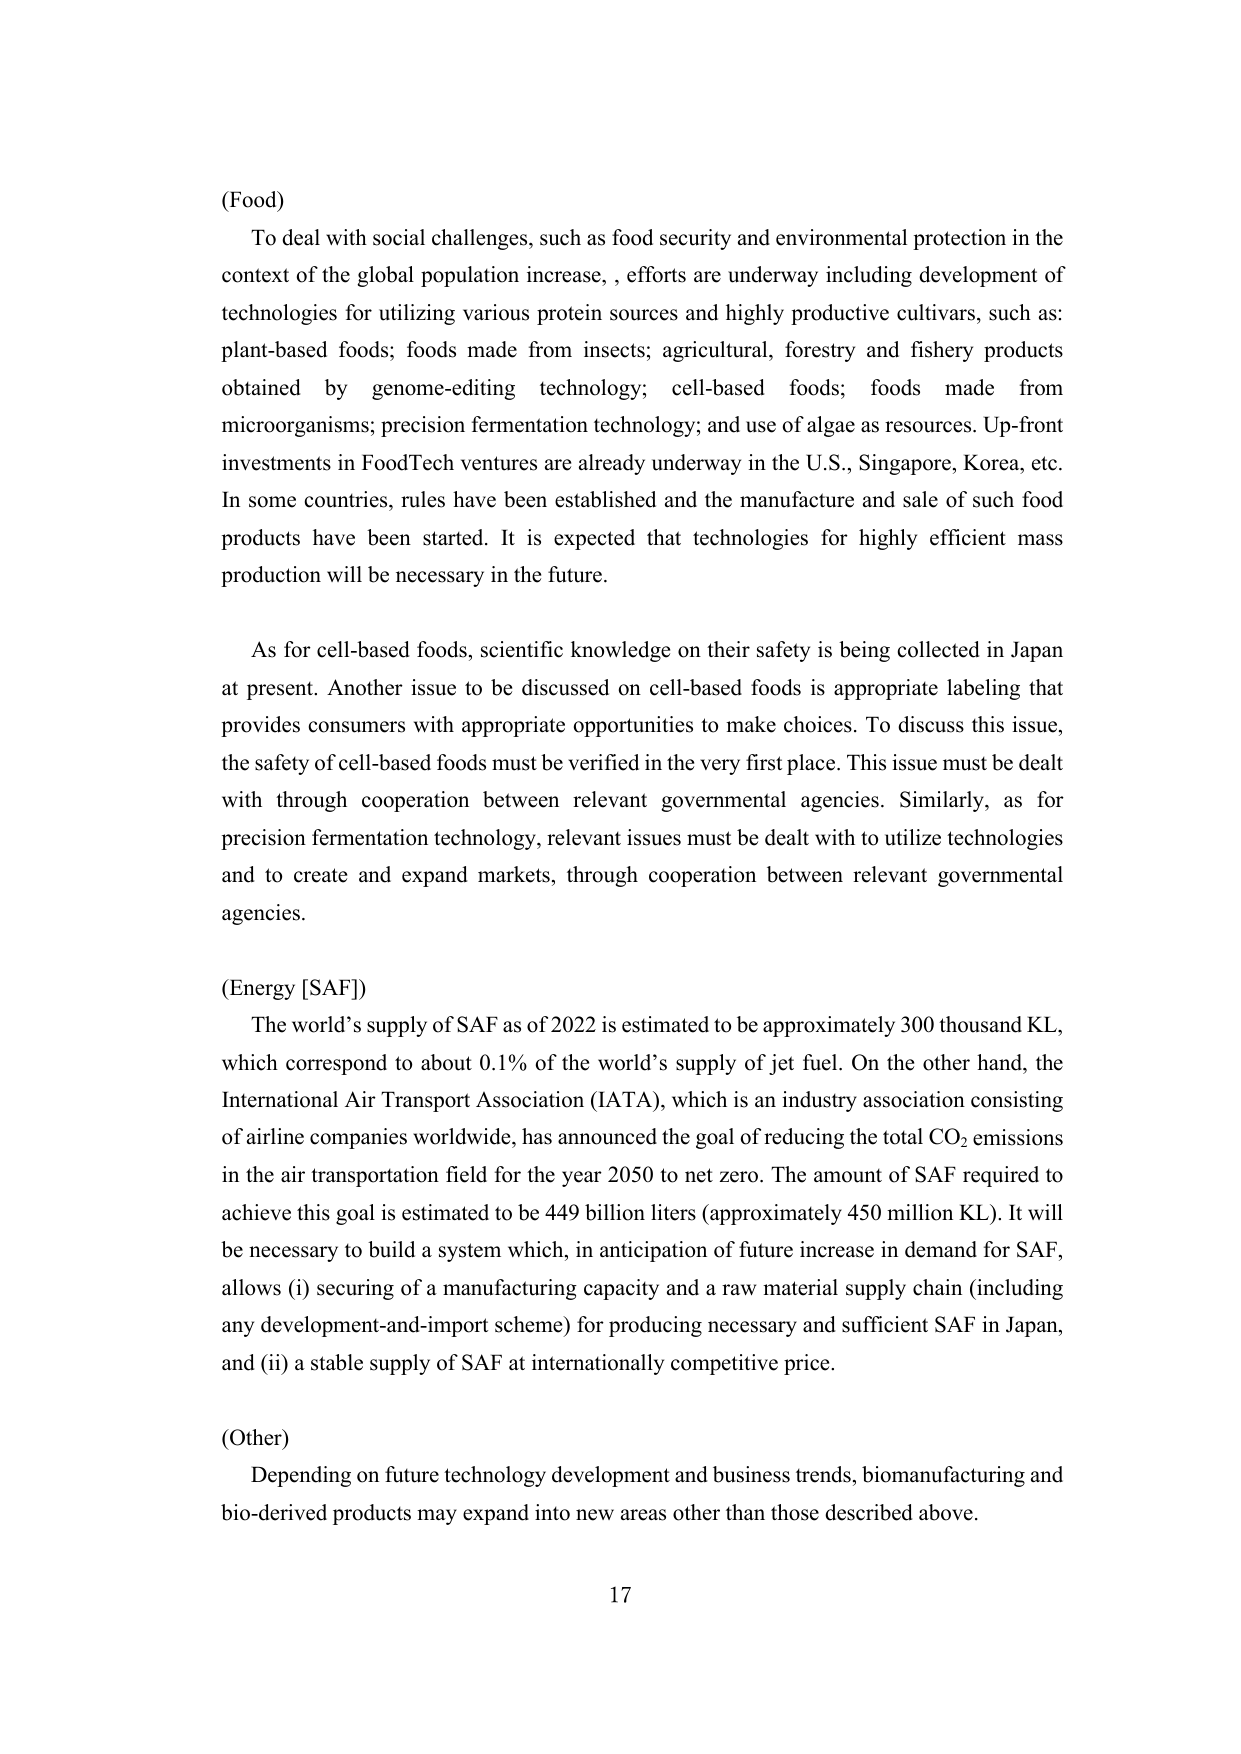
(Food)
To deal with social challenges, such as food security and environmental protection in the context of the global population increase, efforts are underway including development of technologies for utilizing various protein sources and highly productive cultivars, such as: plant-based foods; foods made from insects; agricultural, forestry and fishery products obtained by genome-editing technology; cell-based foods; foods made from microorganisms; precision fermentation technology; and use of algae as resources. Up-front investments in FoodTech ventures are already underway in the U.S., Singapore, Korea, etc. In some countries, rules have been established and the manufacture and sale of such food products have been started. It is expected that technologies for highly efficient mass production will be necessary in the future.

As for cell-based foods, scientific knowledge on their safety is being collected in Japan at present. Another issue to be discussed on cell-based foods is appropriate labeling that provides consumers with appropriate opportunities to make choices. To discuss this issue, the safety of cell-based foods must be verified in the very first place. This issue must be dealt with through cooperation between relevant governmental agencies. Similarly, as for precision fermentation technology, relevant issues must be dealt with to utilize technologies and to create and expand markets, through cooperation between relevant governmental agencies.

(Energy [SAF])
The world’s supply of SAF as of 2022 is estimated to be approximately 300 thousand KL, which correspond to about 0.1% of the world’s supply of jet fuel. On the other hand, the International Air Transport Association (IATA), which is an industry association consisting of airline companies worldwide, has announced the goal of reducing the total CO₂ emissions in the air transportation field for the year 2050 to net zero. The amount of SAF required to achieve this goal is estimated to be 449 billion liters (approximately 450 million KL). It will be necessary to build a system which, in anticipation of future increase in demand for SAF, allows (i) securing of a manufacturing capacity and a raw material supply chain (including any development-and-import scheme) for producing necessary and sufficient SAF in Japan, and (ii) a stable supply of SAF at internationally competitive price.

(Other)
Depending on future technology development and business trends, biomanufacturing and bio-derived products may expand into new areas other than those described above.

17